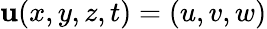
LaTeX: {\mathbf u}(x,y,z,t)=(u,v,w)